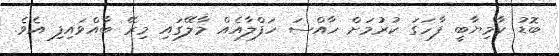
ބޮޑު ކާމިޔާބީ ފާހަގަ ކުރުމަށް ހާއްސަ ހަފްލާއެއް މާލޭގައި މިރޭ ބާއްވައިފި އެވެ.